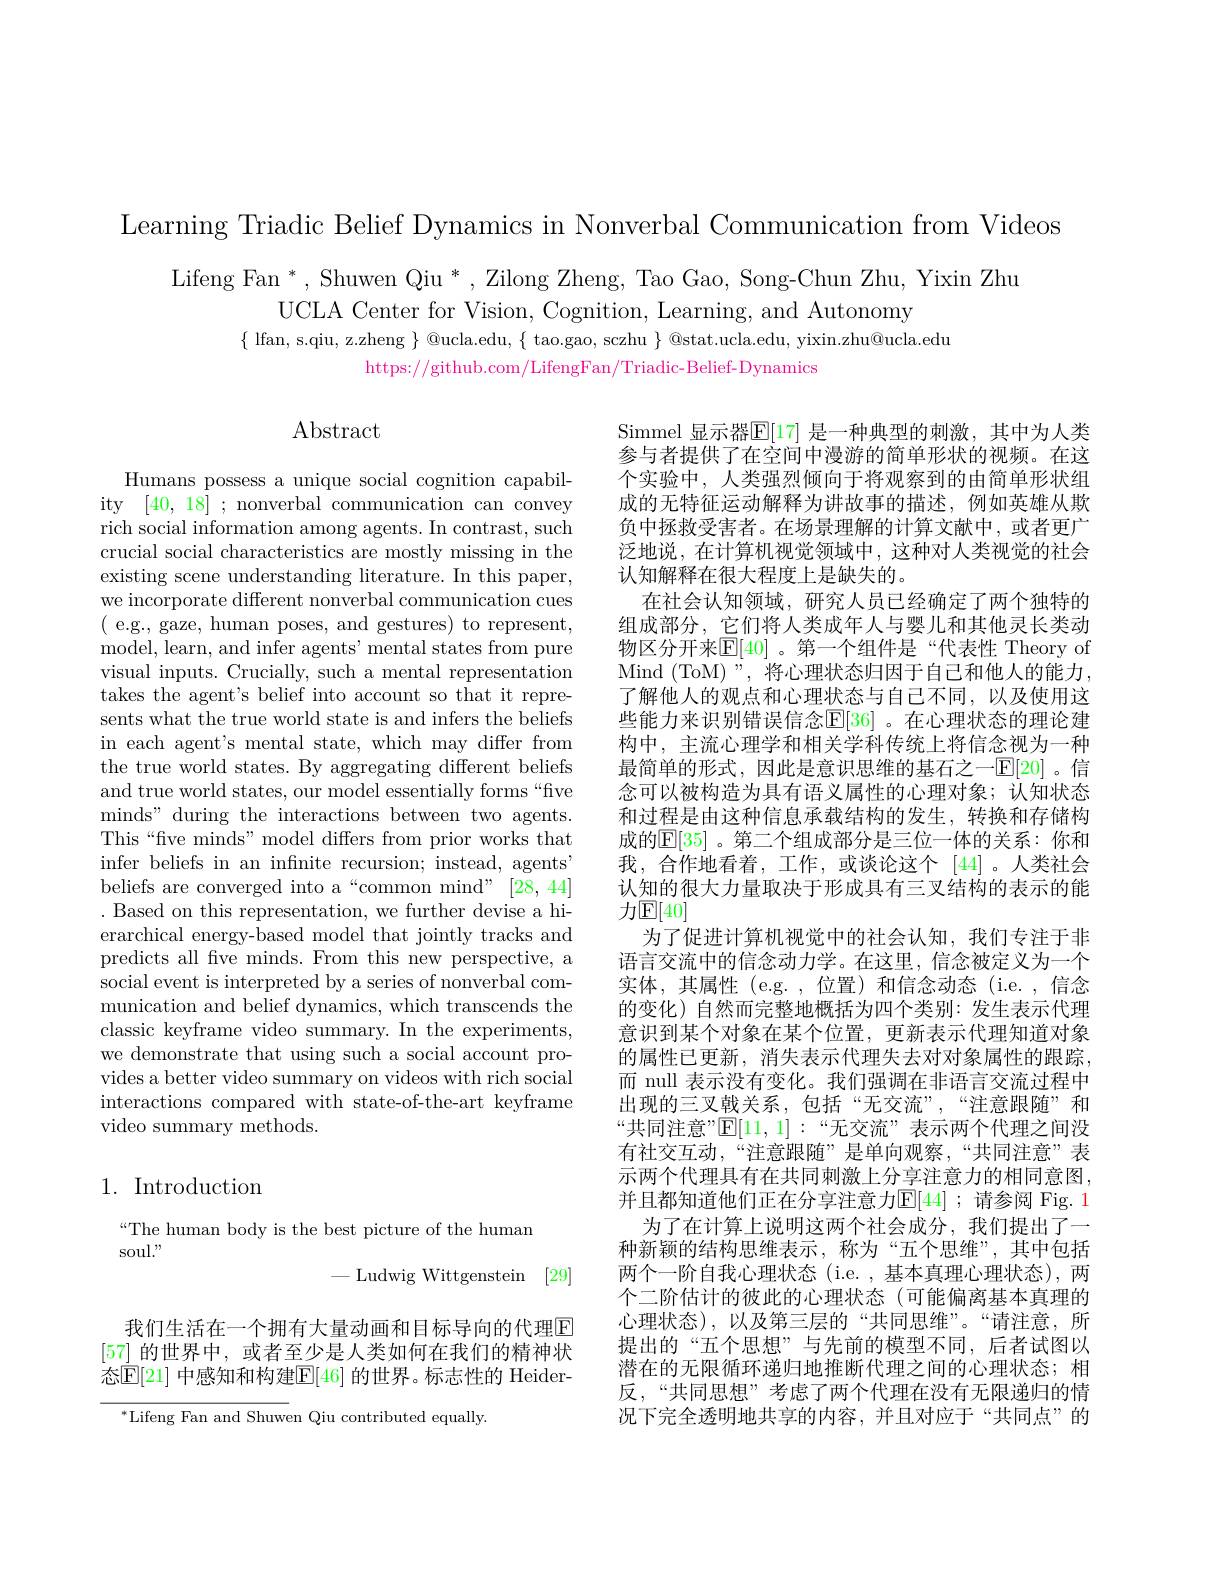
Learning Triadic Belief Dynamics in Nonverbal Communication from Videos

Lifeng Fan *, Shuwen Qiu * , Zilong Zheng, Tao Gao, Song-Chun Zhu, Yixin Zhu
UCLA Center for Vision, Cognition, Learning, and Autonomy
$\{\begin{array}{c}{\mathrm{lfan,~s.qiu,~z.zheng~\}~@ucla.edu,~\{~tao.gao,~sczhu~\}~@stat.ucla.edu,~yixin.zhu@ucla.edu}}\\\end{array}$
https://github.com/LifengFan/Triadic-Belief-Dynamics

## $\operatorname{Abstract}$

Humans possess a unique social cognition capability [40,18] ; nonverbal communication can convey rich social information among agents. In contrast, such crucial social characteristics are mostly missing in the existing scene understanding literature. In this paper, we incorporate different nonverbal communication cues (e.g., gaze, human poses, and gestures) to represent, model, learn, and infer agents' mental states from pure visual inputs. Crucially, such a mental representation takes the agent's belief into account so that it represents what the true world state is and infers the beliefs in each agent's mental state, which may differ from the true world states. By aggregating different beliefs and true world states, our model essentially forms“fve minds" during the interactions between two agents. This“five minds” model differs from prior works that infer beliefs in an infinite recursion; instead, agents" beliefs are converged into a“common mind” [28,44] . Based on this representation, we further devise a hierarchical energy-based model that jointly tracks and predicts all fve minds. From this new perspective, a social event is interpreted by a series of nonverbal communication and belief dynamics, which transcends the classic keyframe video summary. In the experiments, we demonstrate that using such a social account provides a better video summary on videos with rich social interactions compared with state-of-the-art keyframe video summary methods.

Simmel 显示器$\mathbb{E}[17]$ 是一种典型的刺激，其中为人类参与者提供了在空间中漫游的简单形状的视频。在这个实验中，人类强烈倾向于将观察到的由简单形状组成的无特征运动解释为讲故事的描述，例如英雄从欺负中拯救受害者。在场景理解的计算文献中，或者更广泛地说，在计算机视觉领域中，这种对人类视觉的社会认知解释在很大程度上是缺失的。
在社会认知领域，研究人员已经确定了两个独特的组成部分，它们将人类成年人与婴儿和其他灵长类动物区分开来$\mathbb{E}[40]$。第一个组件是“代表性 Theory of Mind ( ToM) " , 将心理状态归因于自己和他人的能力， 了解他人的观点和心理状态与自己不同，以及使用这些能力来识别错误信念$\overline{\mathbb{F}}[36]$ 。在心理状态的理论建构中，主流心理学和相关学科传统上将信念视为一种最简单的形式，因此是意识思维的基石之一$\mathbb{E}[20]$ 。信念可以被构造为具有语义属性的心理对象；认知状态和过程是由这种信息承载结构的发生，转换和存储构成的$\mathbb{E}[35]$ 。第二个组成部分是三位一体的关系：你和我，合作地看着，工作，或谈论这个[44]。人类社会认知的很大力量取决于形成具有三叉结构的表示的能力$\mathbb{E}[40]$
为了促进计算机视觉中的社会认知，我们专注于非语言交流中的信念动力学。在这里，信念被定义为一个实体，其属性(e.g.,位置)和信念动态(i.e.,信念的变化)自然而完整地概括为四个类别：发生表示代理意识到某个对象在某个位置，更新表示代理知道对象的属性已更新，消失表示代理失去对对象属性的跟踪， 而 null 表示没有变化。我们强调在非语言交流过程中出现的三叉戟关系，包括“无交流”,“注意跟随”和“共同注意”$\mathbb{E}[11,1]:“$无交流”表示两个代理之间没有社交互动，“注意跟随”是单向观察，“共同注意”表示两个代理具有在共同刺激上分享注意力的相同意图， 并且都知道他们正在分享注意力$\mathbb{E}[44]$ ;请参阅 Fig.1
为了在计算上说明这两个社会成分，我们提出了一种新颖的结构思维表示，称为“五个思维”,其中包括两个一阶自我心理状态 (i.e. ,基本真理心理状态),两个二阶估计的彼此的心理状态(可能偏离基本真理的心理状态),以及第三层的“共同思维”。“请注意，所提出的“五个思想”与先前的模型不同，后者试图以潜在的无限循环递归地推断代理之间的心理状态；相反，“共同思想”考虑了两个代理在没有无限递归的情况下完全透明地共享的内容，并且对应于“共同点”的

## 1. Introduction

“The human body is the best picture of the human
soul."
-Ludwig Wittgenstein [29]

我们生活在一个拥有大量动画和目标导向的代理$\overline{\mathrm{E}}$ [57]的世界中，或者至少是人类如何在我们的精神状态$\mathbb{E}[21]$ 中感知和构建$\mathbb{E}|$46| 的世界。标志性的 Heider-

$^{*}$Lifeng Fan and Shuwen Qiu contributed equally.